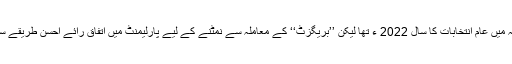
اگرچہ برطانیہ میں عام انتخابات کا سال 2022 ء تھا لیکن ’’بریگزٹ‘‘ کے معاملہ سے نمٹنے کے لیے پارلیمنٹ میں اتفاق رائے احسن طریقے سے انجام پاگیا۔